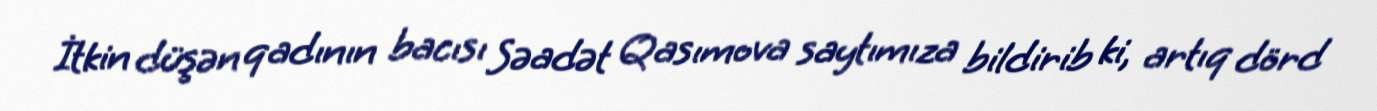
İtkin düşən qadının bacısı Səadət Qasımova saytımıza bildirib ki, artıq dörd